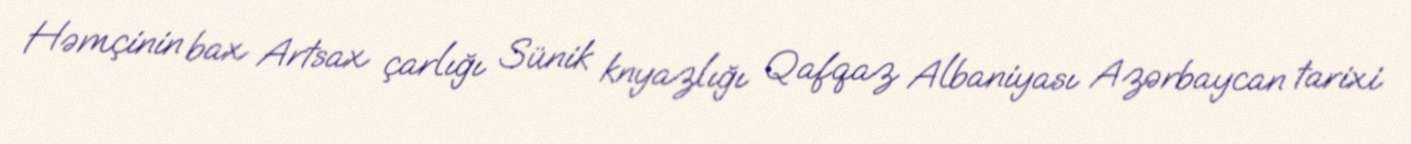
Həmçinin bax Artsax çarlığı Sünik knyazlığı Qafqaz Albaniyası Azərbaycan tarixi